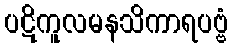
ပဋိကူလမနသိကာရပဗ္ဗံ